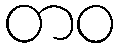
တဝ